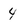
Character: 4